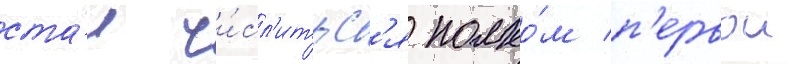
ста́л чи́сл'итьс'я полко́м п'ервои